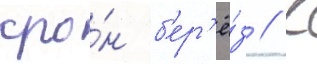
кро́н б'ер'ё́з // К